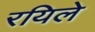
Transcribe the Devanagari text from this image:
रयिले